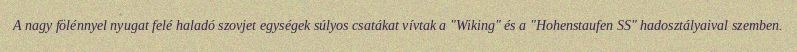
A nagy fölénnyel nyugat felé haladó szovjet egységek súlyos csatákat vívtak a "Wiking" és a "Hohenstaufen SS" hadosztályaival szemben.